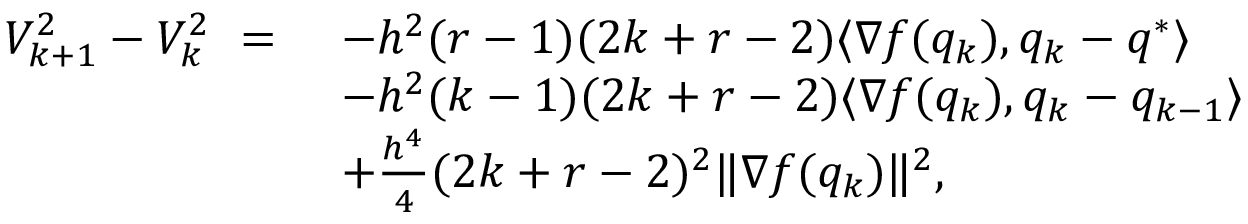
\begin{array} { r l } { V _ { k + 1 } ^ { 2 } - V _ { k } ^ { 2 } \ = \ } & { - h ^ { 2 } ( r - 1 ) ( 2 k + r - 2 ) \langle \nabla f ( q _ { k } ) , q _ { k } - q ^ { * } \rangle } \\ & { - h ^ { 2 } ( k - 1 ) ( 2 k + r - 2 ) \langle \nabla f ( q _ { k } ) , q _ { k } - q _ { k - 1 } \rangle } \\ & { + \frac { h ^ { 4 } } { 4 } ( 2 k + r - 2 ) ^ { 2 } \| \nabla f ( q _ { k } ) \| ^ { 2 } , } \end{array}